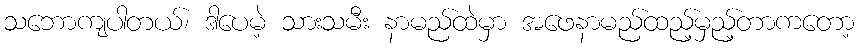
သဘောကျပါတယ်၊ ဒါပေမဲ့ သားသမီး နာမည်ထဲမှာ အဖေနာမည်ထည့်မှည့်တာကတော့